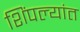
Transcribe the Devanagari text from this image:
शिंपल्यांत